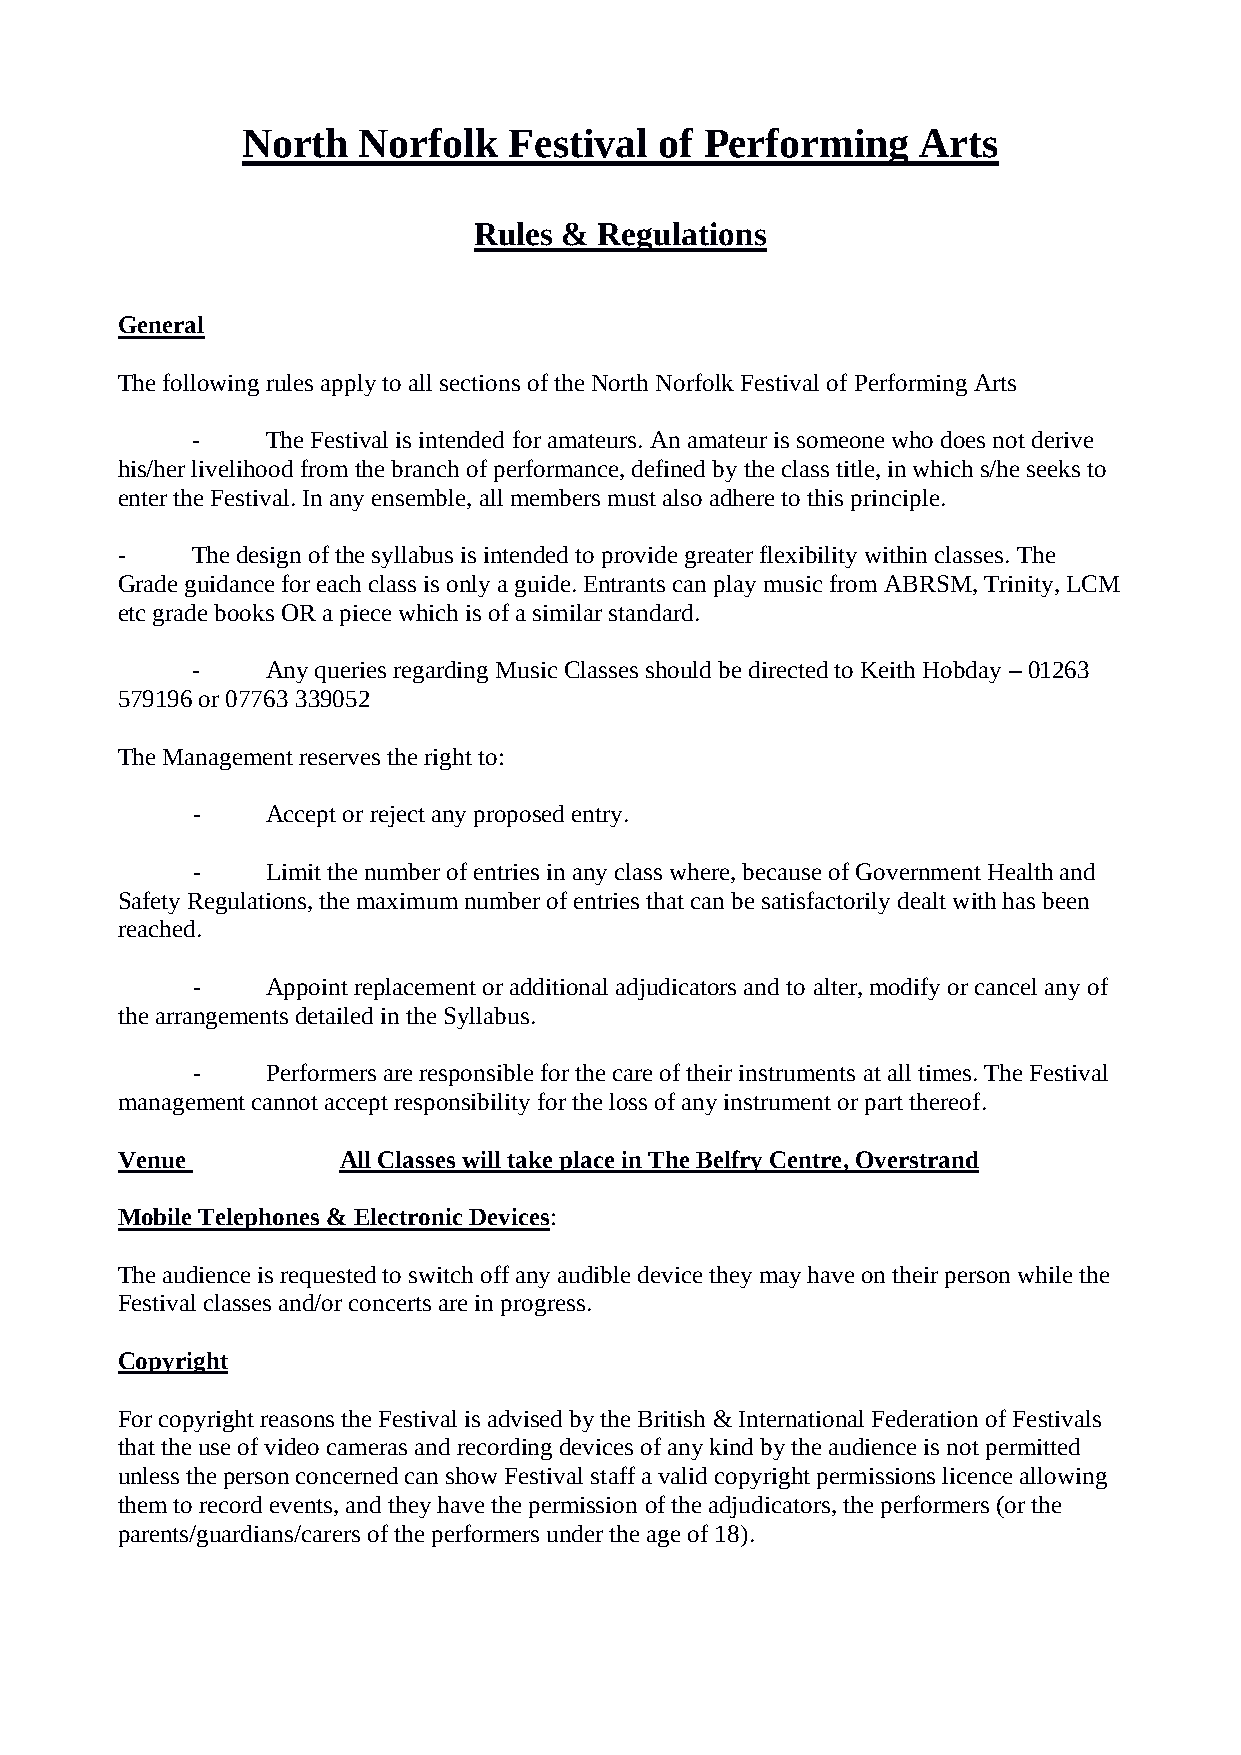
North   Norfolk   Festival  of Performing    Arts
 Rules &  Regulations
 General
 The following rules apply to all sections of the North Norfolk Festival of Performing Arts
 -    The Festival is intended for amateurs. An amateur is someone who does not derive
 his/her livelihood from the branch of performance, defined by the class title, in which s/he seeks to
 enter the Festival. In any ensemble, all members must also adhere to this principle.
 -    The design of the syllabus is intended to provide greater flexibility within classes. The
 Grade guidance for each class is only a guide. Entrants can play music from ABRSM, Trinity, LCM
 etc grade books OR a piece which is of a similar standard.
 -    Any queries regarding Music Classes should be directed to Keith Hobday – 01263
 579196 or 07763 339052
 The Management reserves the right to:
 -    Accept or reject any proposed entry.
 -    Limit the number of entries in any class where, because of Government Health and
 Safety Regulations, the maximum number of entries that can be satisfactorily dealt with has been
 reached.
 -    Appoint replacement or additional adjudicators and to alter, modify or cancel any of
 the arrangements detailed in the Syllabus.
 -    Performers are responsible for the care of their instruments at all times. The Festival
 management cannot accept responsibility for the loss of any instrument or part thereof.
 Venue         All Classes will take place in The Belfry Centre, Overstrand
 Mobile Telephones & Electronic Devices:
 The audience is requested to switch off any audible device they may have on their person while the
 Festival classes and/or concerts are in progress.
 Copyright
 For copyright reasons the Festival is advised by the British & International Federation of Festivals
 that the use of video cameras and recording devices of any kind by the audience is not permitted
 unless the person concerned can show Festival staff a valid copyright permissions licence allowing
 them to record events, and they have the permission of the adjudicators, the performers (or the
 parents/guardians/carers of the performers under the age of 18).